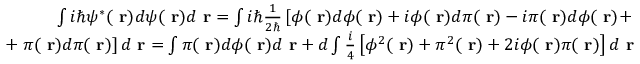
\begin{array} { r l r } & { } & { \int i \hbar \psi ^ { * } ( \mathrm { \bf ~ r } ) d \psi ( \mathrm { \bf ~ r } ) d \mathrm { \bf ~ r } = \int i \hbar \frac { 1 } { 2 \hbar } \left[ \phi ( \mathrm { \bf ~ r } ) d \phi ( \mathrm { \bf ~ r } ) + i \phi ( \mathrm { \bf ~ r } ) d \pi ( \mathrm { \bf ~ r } ) - i \pi ( \mathrm { \bf ~ r } ) d \phi ( \mathrm { \bf ~ r } ) + \right. } \\ & { } & { + \left. \pi ( \mathrm { \bf ~ r } ) d \pi ( \mathrm { \bf ~ r } ) \right] d \mathrm { \bf ~ r } = \int \pi ( \mathrm { \bf ~ r } ) d \phi ( \mathrm { \bf ~ r } ) d \mathrm { \bf ~ r } + d \int \frac { i } { 4 } \left[ \phi ^ { 2 } ( \mathrm { \bf ~ r } ) + \pi ^ { 2 } ( \mathrm { \bf ~ r } ) + 2 i \phi ( \mathrm { \bf ~ r } ) \pi ( \mathrm { \bf ~ r } ) \right] d \mathrm { \bf ~ r } } \end{array}